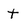
Character: t